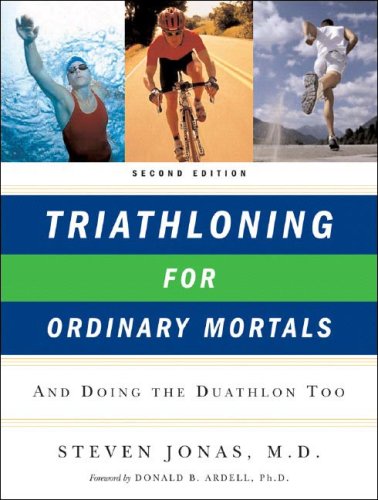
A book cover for Triathloning for Ordinary Mortals: And Doing the Duathlon Too; Steven Jonas; Health, Fitness & Dieting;